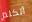
أتكلم